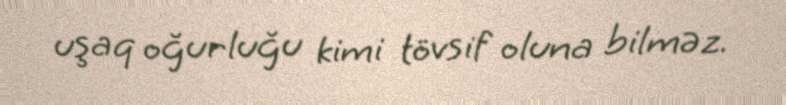
uşaq oğurluğu kimi tövsif oluna bilməz.